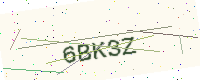
Text: 6BK3Z